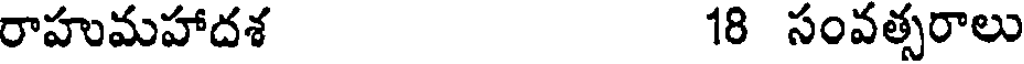
రాహుమహాదశ 18 సంవత్సరాలు